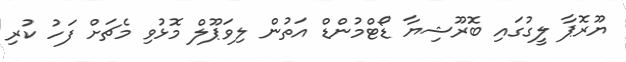
ޔޫރޮޕާ ލީގުގައި ބޮރޫޝިޔާ ޑޯޓްމުންޑް އަތުން ލިވަޕޫލް މޮޅުވި މެޗަށް ފަހު ކުރި